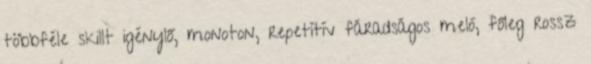
többféle skillt igénylő, monoton, repetítív fáradságos meló, főleg rossz